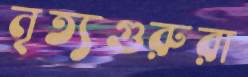
নৃত্যগুরুরা